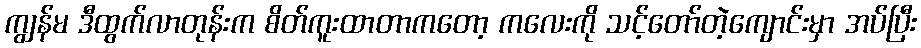
ကျွန်မ ဒီထွက်လာတုန်းက စိတ်ကူးထာတာကတော့ ကလေးကို သင့်တော်တဲ့ကျောင်းမှာ အပ်ပြီး